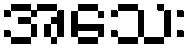
အသေး